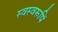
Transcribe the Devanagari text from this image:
स्वस्वरूपिं